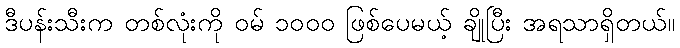
ဒီပန်းသီးက တစ်လုံးကို ဝမ် ၁၀၀၀ ဖြစ်ပေမယ့် ချိုပြီး အရသာရှိတယ်။